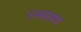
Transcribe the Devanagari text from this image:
रसालग